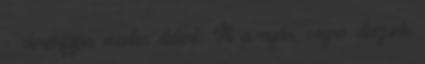
- derékfájás mentes életért: Itt a nyár, végre utazunk